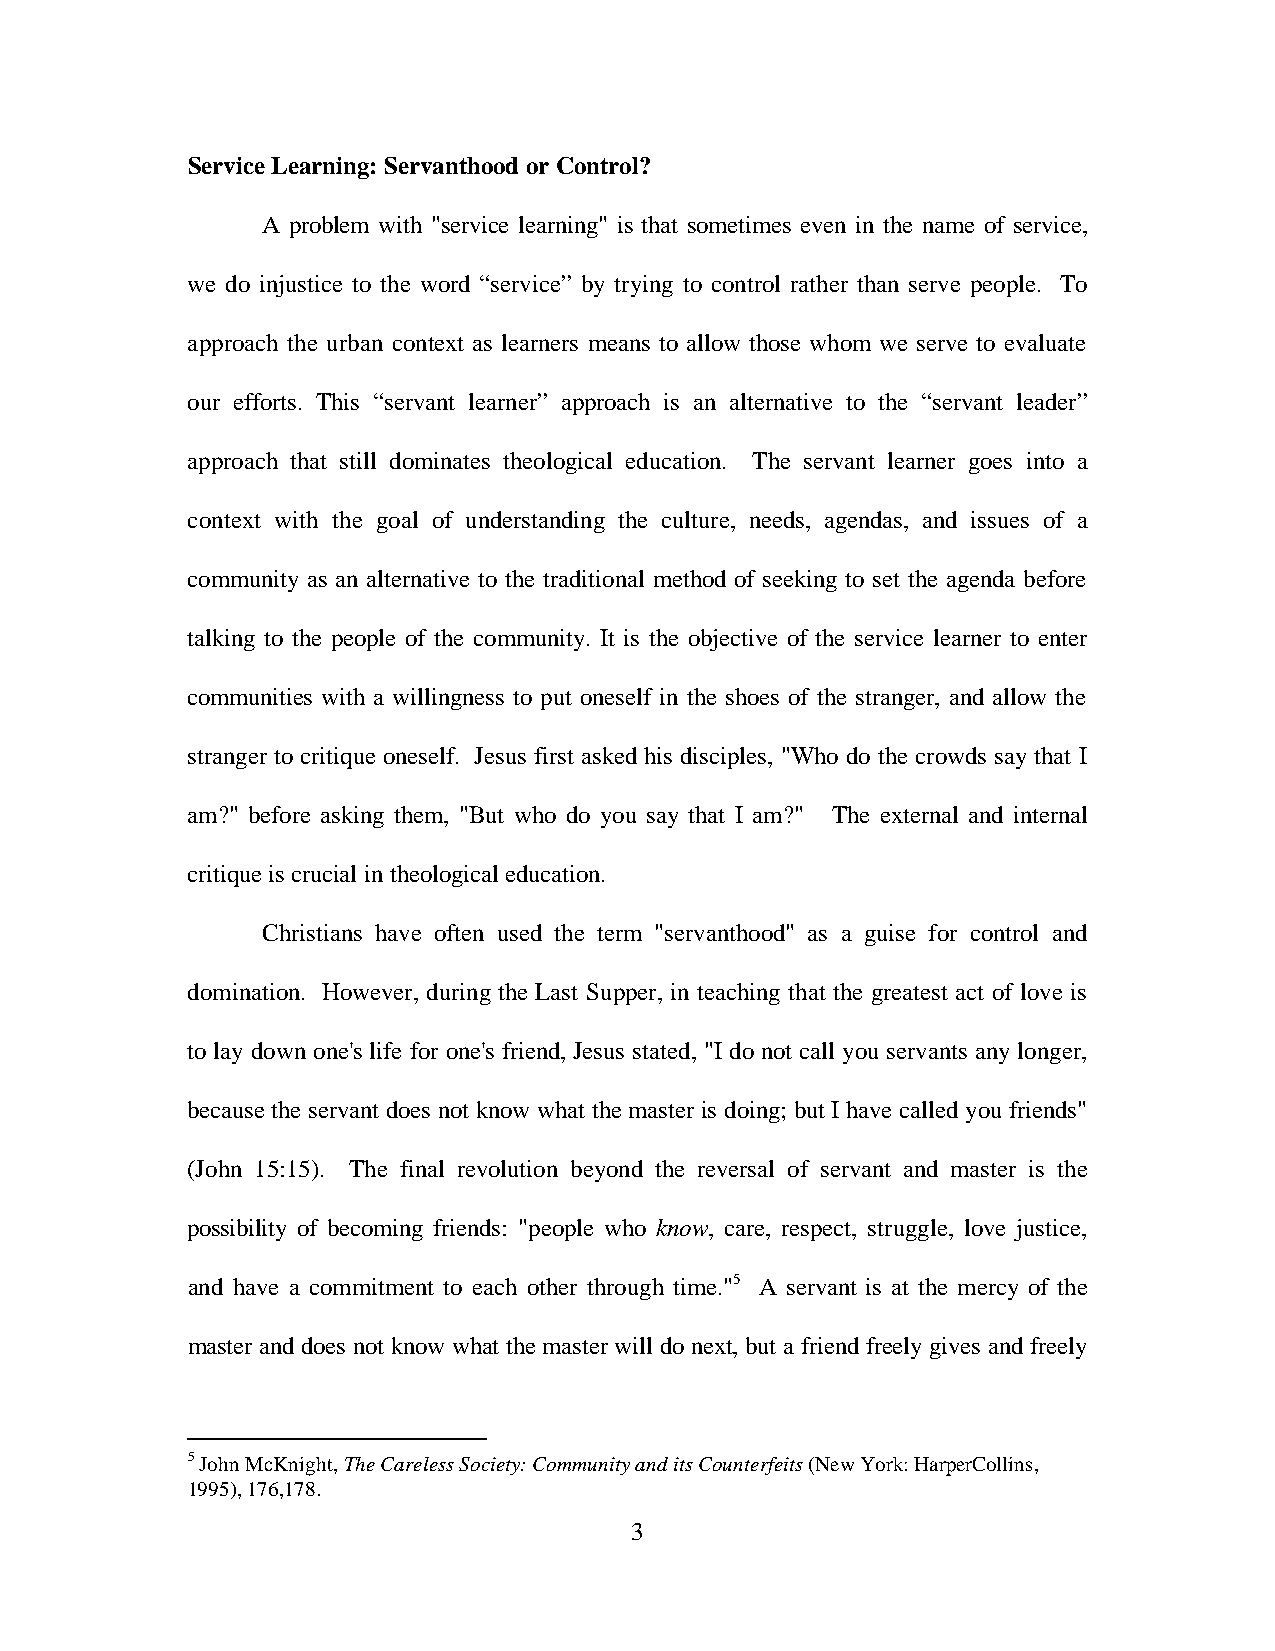
Service Learning: Servanthood or Control?
 A problem with "service learning" is that sometimes even in the name of service,
 we do injustice to the word “service” by trying to control rather than serve people. To
 approach the urban context as learners means to allow those whom we serve to evaluate
 our efforts. This “servant learner” approach is an alternative to the “servant leader”
 approach that still dominates theological education. The servant learner goes into a
 context with the goal of understanding the culture, needs, agendas, and issues of a
 community as an alternative to the traditional method of seeking to set the agenda before
 talking to the people of the community. It is the objective of the service learner to enter
 communities with a willingness to put oneself in the shoes of the stranger, and allow the
 stranger to critique oneself. Jesus first asked his disciples, "Who do the crowds say that I
 am?" before asking them, "But who do you say that I am?" The external and internal
 critique is crucial in theological education.
 Christians have often used the term "servanthood" as a guise for control and
 domination. However, during the Last Supper, in teaching that the greatest act of love is
 to lay down one's life for one's friend, Jesus stated, "I do not call you servants any longer,
 because the servant does not know what the master is doing; but I have called you friends"
 (John 15:15). The final revolution beyond the reversal of servant and master is the
 possibility of becoming friends: "people who know, care, respect, struggle, love justice,
 and have a commitment to each other through time."5 A servant is at the mercy of the
 master and does not know what the master will do next, but a friend freely gives and freely
 5 John McKnight, The Careless Society: Community and its Counterfeits (New York: HarperCollins,
 1995), 176,178.
 3